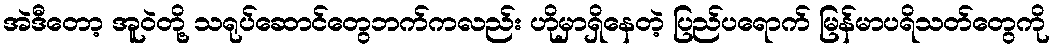
အဲဒီတော့ အူဝဲတို့ သရုပ်ဆောင်တွေဘက်ကလည်း ဟိုမှာရှိနေတဲ့ ပြည်ပရောက် မြန်မာပရိသတ်တွေကို